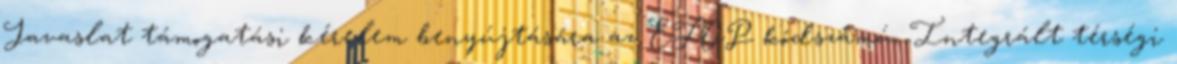
Javaslat támogatási kérelem benyújtására az EFOP kódszámú, Integrált térségi